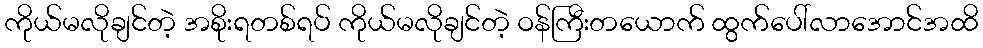
ကိုယ်မလိုချင်တဲ့ အစိုးရတစ်ရပ် ကိုယ်မလိုချင်တဲ့ ဝန်ကြီးတယောက် ထွက်ပေါ်လာအောင်အထိ